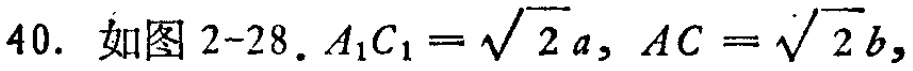
40. 如图 2-28. \(A_{1}C_{1}=\sqrt{2}a,\ AC = \sqrt{2}b,\)